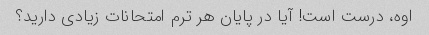
اوه، درست است! آیا در پایان هر ترم امتحانات زیادی دارید؟